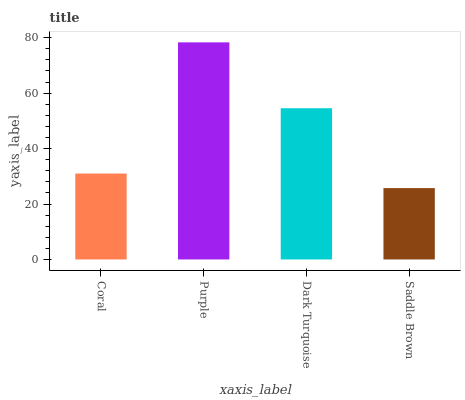
| xaxis_label | bars |
 | --- | --- |
 | Coral | 31 |
 | Purple | 78.3 |
 | Dark Turquoise | 54.6 |
 | Saddle Brown | 25.8 |